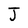
Character: J